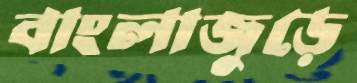
বাংলাজুড়ে